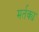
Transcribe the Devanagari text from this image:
मर्तक्य